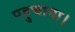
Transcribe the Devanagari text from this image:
पहुचाया।